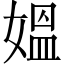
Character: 媼